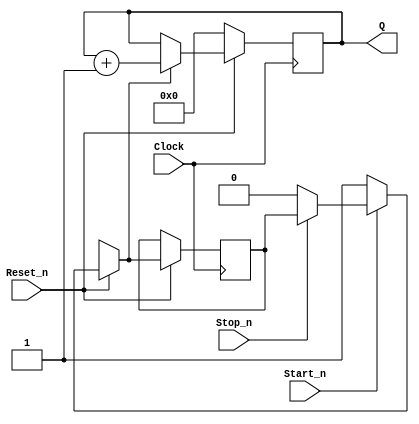
module hex_counter(
	input 				Clock,
							Reset_n,
							Start_n,
							Stop_n,
	output reg [19:0] Q
	);
	
	reg resume;
	
	
	always @(posedge Clock)
	begin
		if (Reset_n == 1'b1) begin
			if (Start_n == 1'b0) resume = 1'b1;			//using blocking here
			else if (Stop_n == 1'b0) resume = 1'b0;	//using blocking here
			
			if (resume == 1'b1) Q <= Q + 20'b1;
			else Q <= Q;
		end else Q <= 20'b0;
	end
endmodule